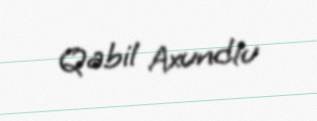
Qabil Axundlu